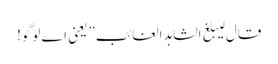
قال لیبلغ الشاہد الغائب” یعنی اے لوگو!